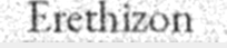
Erethizon